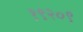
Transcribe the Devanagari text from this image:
१९२०९